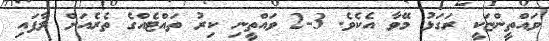
ވައްތީންޏަކީ ރަގަޅު މޭވާ އެކެވެ. 3-2 ވައްތީނި ކިރު ތައްޓެއްގެ ތެރެއަށް ލާފައި